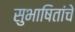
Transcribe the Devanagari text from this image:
सुभाषितांचे